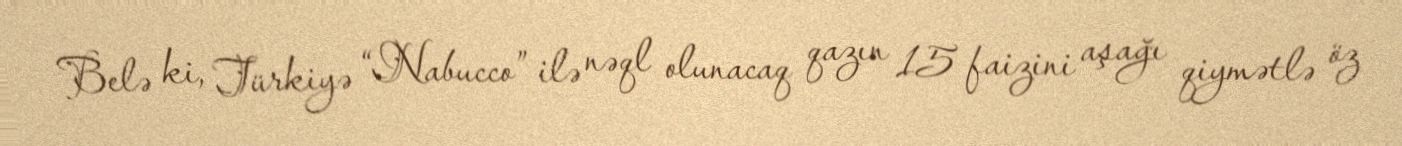
Belə ki, Türkiyə “Nabucco” ilə nəql olunacaq qazın 15 faizini aşağı qiymətlə öz